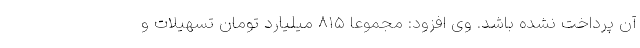
آن پرداخت نشده باشد. وی افزود: مجموعاً ۸۱۵ میلیارد تومان تسهیلات و